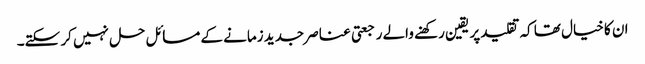
ان کا خیال تھا کہ تقلید پر یقین رکھنے والے رجعتی عناصر جدید زمانے کے مسائل حل نہیں کر سکتے۔